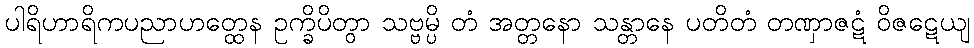
ပါရိဟာရိကပညာဟတ္ထေန ဥက္ခိပိတွာ သဗ္ဗမ္ပိ တံ အတ္တနော သန္တာနေ ပတိတံ တဏှာဇဋံ ဝိဇဋေယျ